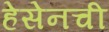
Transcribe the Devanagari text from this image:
हेसेनची